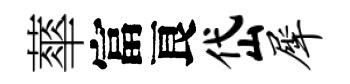
蕐富良岱犀